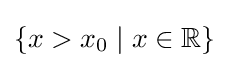
\{x>x_{0}\mid x\in \mathbb {R} \}